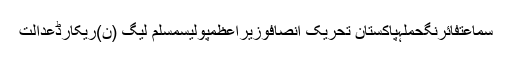
سماعتفائرنگحملہپاکستان تحریک انصافوزیراعظمپولیسمسلم لیگ (ن)ریکارڈعدالت